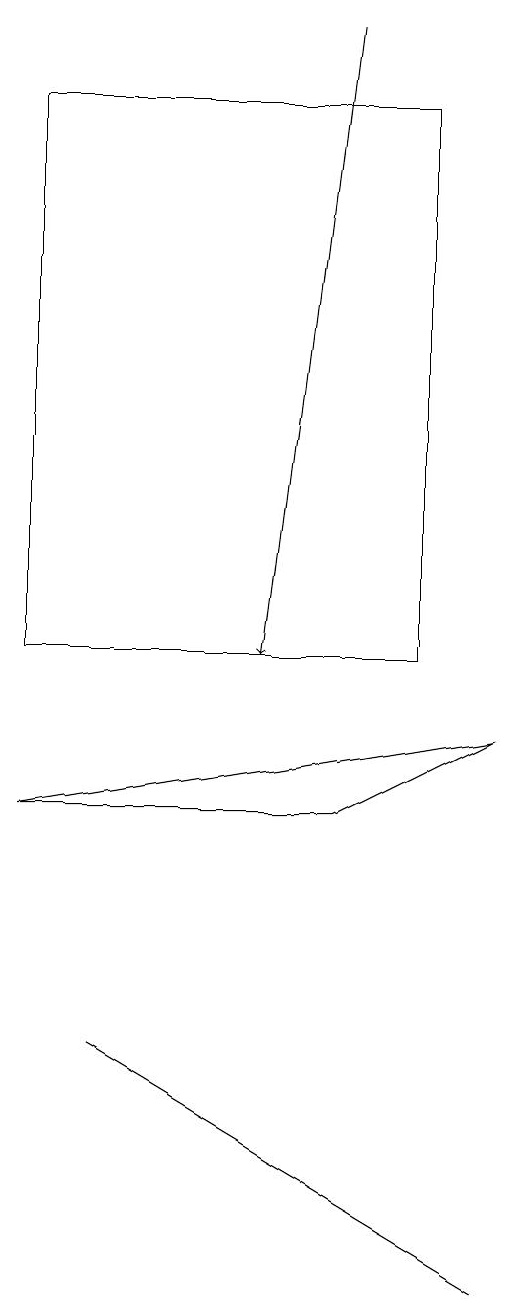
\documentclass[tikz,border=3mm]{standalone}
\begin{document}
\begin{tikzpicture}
\draw (0,8) -- (6,9) -- (4,8) -- cycle;
\draw[->] (4,18) -- (3,10);
\draw (0,17) rectangle (5,10);
\draw (1,5) -- (6,2) -- (6,2) -- cycle;
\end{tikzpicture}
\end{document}